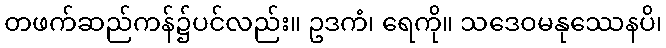
တဖက်ဆည်ကန်၌ပင်လည်း။ ဥဒကံ၊ ရေကို။ သဒေဝမနုဿေနပိ၊